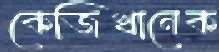
কেজিখানেক